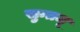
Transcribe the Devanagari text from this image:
सुन्तजू